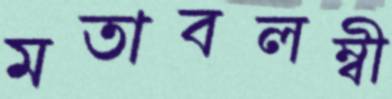
মতাবলম্বী